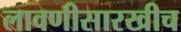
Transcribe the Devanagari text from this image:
लावणीसारखीच